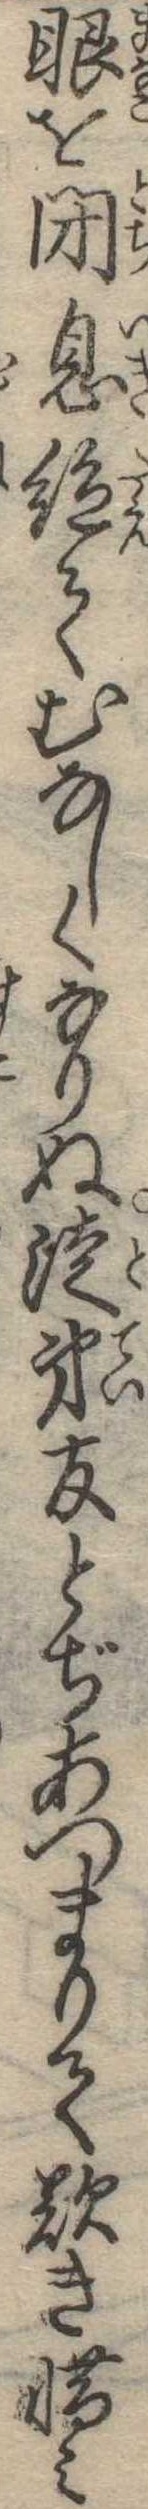
眼を閉息絶てむなしくなりぬ徒弟友どぢあつまりて歎き惜み